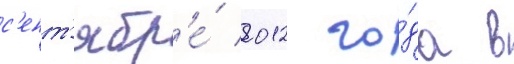
с'ент'ябр'е́ 2012 го́да в